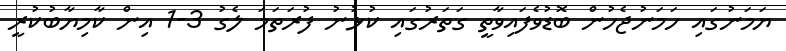
ޔަމަނުގައި ހަމަނުޖެހުން ބޮޑުވެފައިވާތީ ގަތަރުގައި ކުޅުނު ފުރަތަމަ ލެގު 3-1 އިން ކާމިޔާބުކުރީ